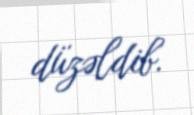
düzəldib.